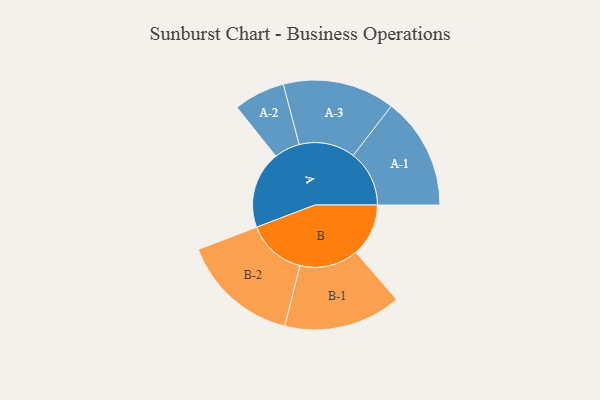
{"axis": {"x": "Segment", "y": "Value"}, "legend": ["", "A", "B"], "data": [{"x": "A", "y": 383, "type": ""}, {"x": "B", "y": 261, "type": ""}, {"x": "A-1", "y": 278, "type": "A"}, {"x": "A-2", "y": 127, "type": "A"}, {"x": "A-3", "y": 278, "type": "A"}, {"x": "B-1", "y": 291, "type": "B"}, {"x": "B-2", "y": 293, "type": "B"}]}